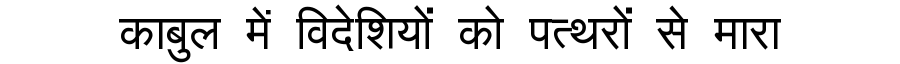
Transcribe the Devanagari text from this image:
काबुल में विदेशियों को पत्थरों से मारा